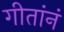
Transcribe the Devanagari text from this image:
गीतांनं